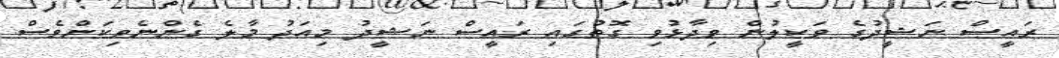
ރައީސް ނަޝީދުގެ ވަކީލުން ވިދާޅުވި ގޮތުގައި ރައީސް ނަޝީދު މިއަދު މާލެ ގެންނެވިކަންވެސް